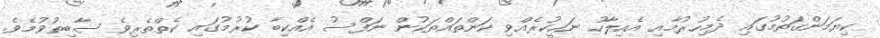
ކިޔަމަންގަތުމުގައި ދެމިހުރުމާއި އެއިލާހު ނަހީކުރެއްވި ކަންތައްތަކުން ނަފްސު އެއްކިބާ ކުރުމުގައި ކެތްތެރިވެ ސާބިތުވުމެވެ.